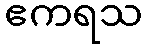
ဧကရသ